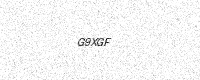
Text: G9XGF